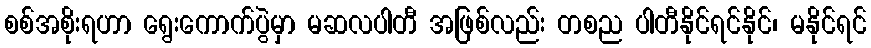
စစ်အစိုးရဟာ ရွေးကောက်ပွဲမှာ မဆလပါတီ အဖြစ်လည်း တစည ပါတီနိုင်ရင်နိုင်၊ မနိုင်ရင်